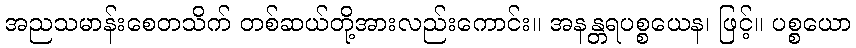
အညသမာန်းစေတသိက် တစ်ဆယ်တို့အားလည်းကောင်း။ အနန္တရပစ္စယေန၊ ဖြင့်။ ပစ္စယော